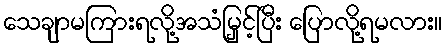
သေချာမကြားရလို့အသံမြှင့်ပြီး ပြောလို့ရမလား။